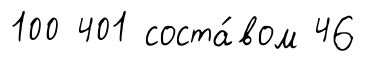
100 401 соста́вом 46